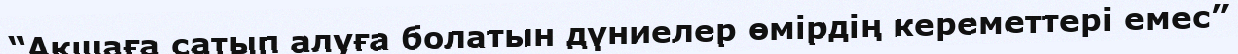
“Ақшаға сатып алуға болатын дүниелер өмірдің кереметтері емес”